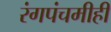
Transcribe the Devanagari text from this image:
रंगपंचमीही